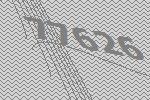
77626